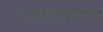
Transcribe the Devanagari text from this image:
एंजायोलाइटिक्स